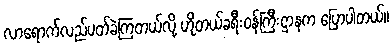
လာရောက်လည်ပတ်ခဲ့ကြတယ်လို့ ဟိုတယ်ခရီးဝန်ကြီးဌာနက ပြောပါတယ်။